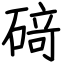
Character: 𥔎